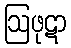
ဩဖုဋာ